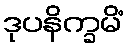
ဒုပနိက္ခမိံ